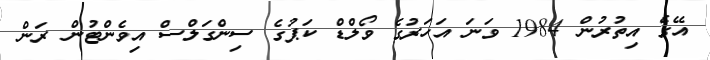
އޭގެ އިތުރުން 1984 ވަނަ އަހަރުގެ ވޯލްޑް ކަޕުގެ ސިންގަލްސް އިވެންޓުން ރަން